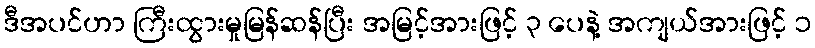
ဒီအပင်ဟာ ကြီးထွားမှုမြန်ဆန်ပြီး အမြင့်အားဖြင့် ၃ ပေနဲ့ အကျယ်အားဖြင့် ၁